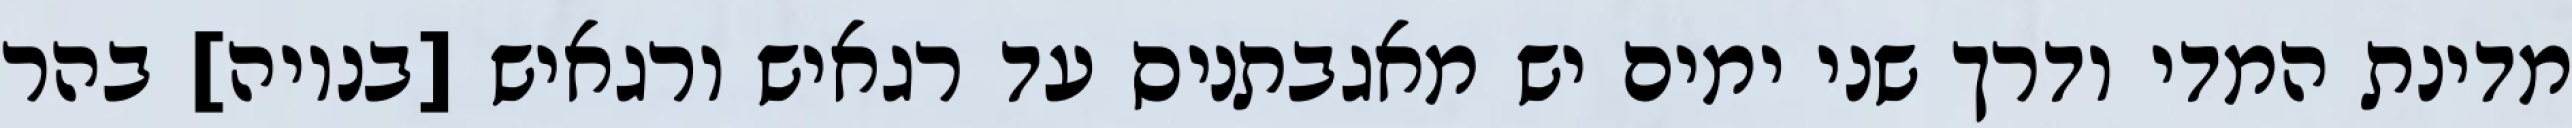
מדינת המדי ודרך שני ימים יש מאגבתניס עד רגאיש ורגאיש [בנויה] בהר